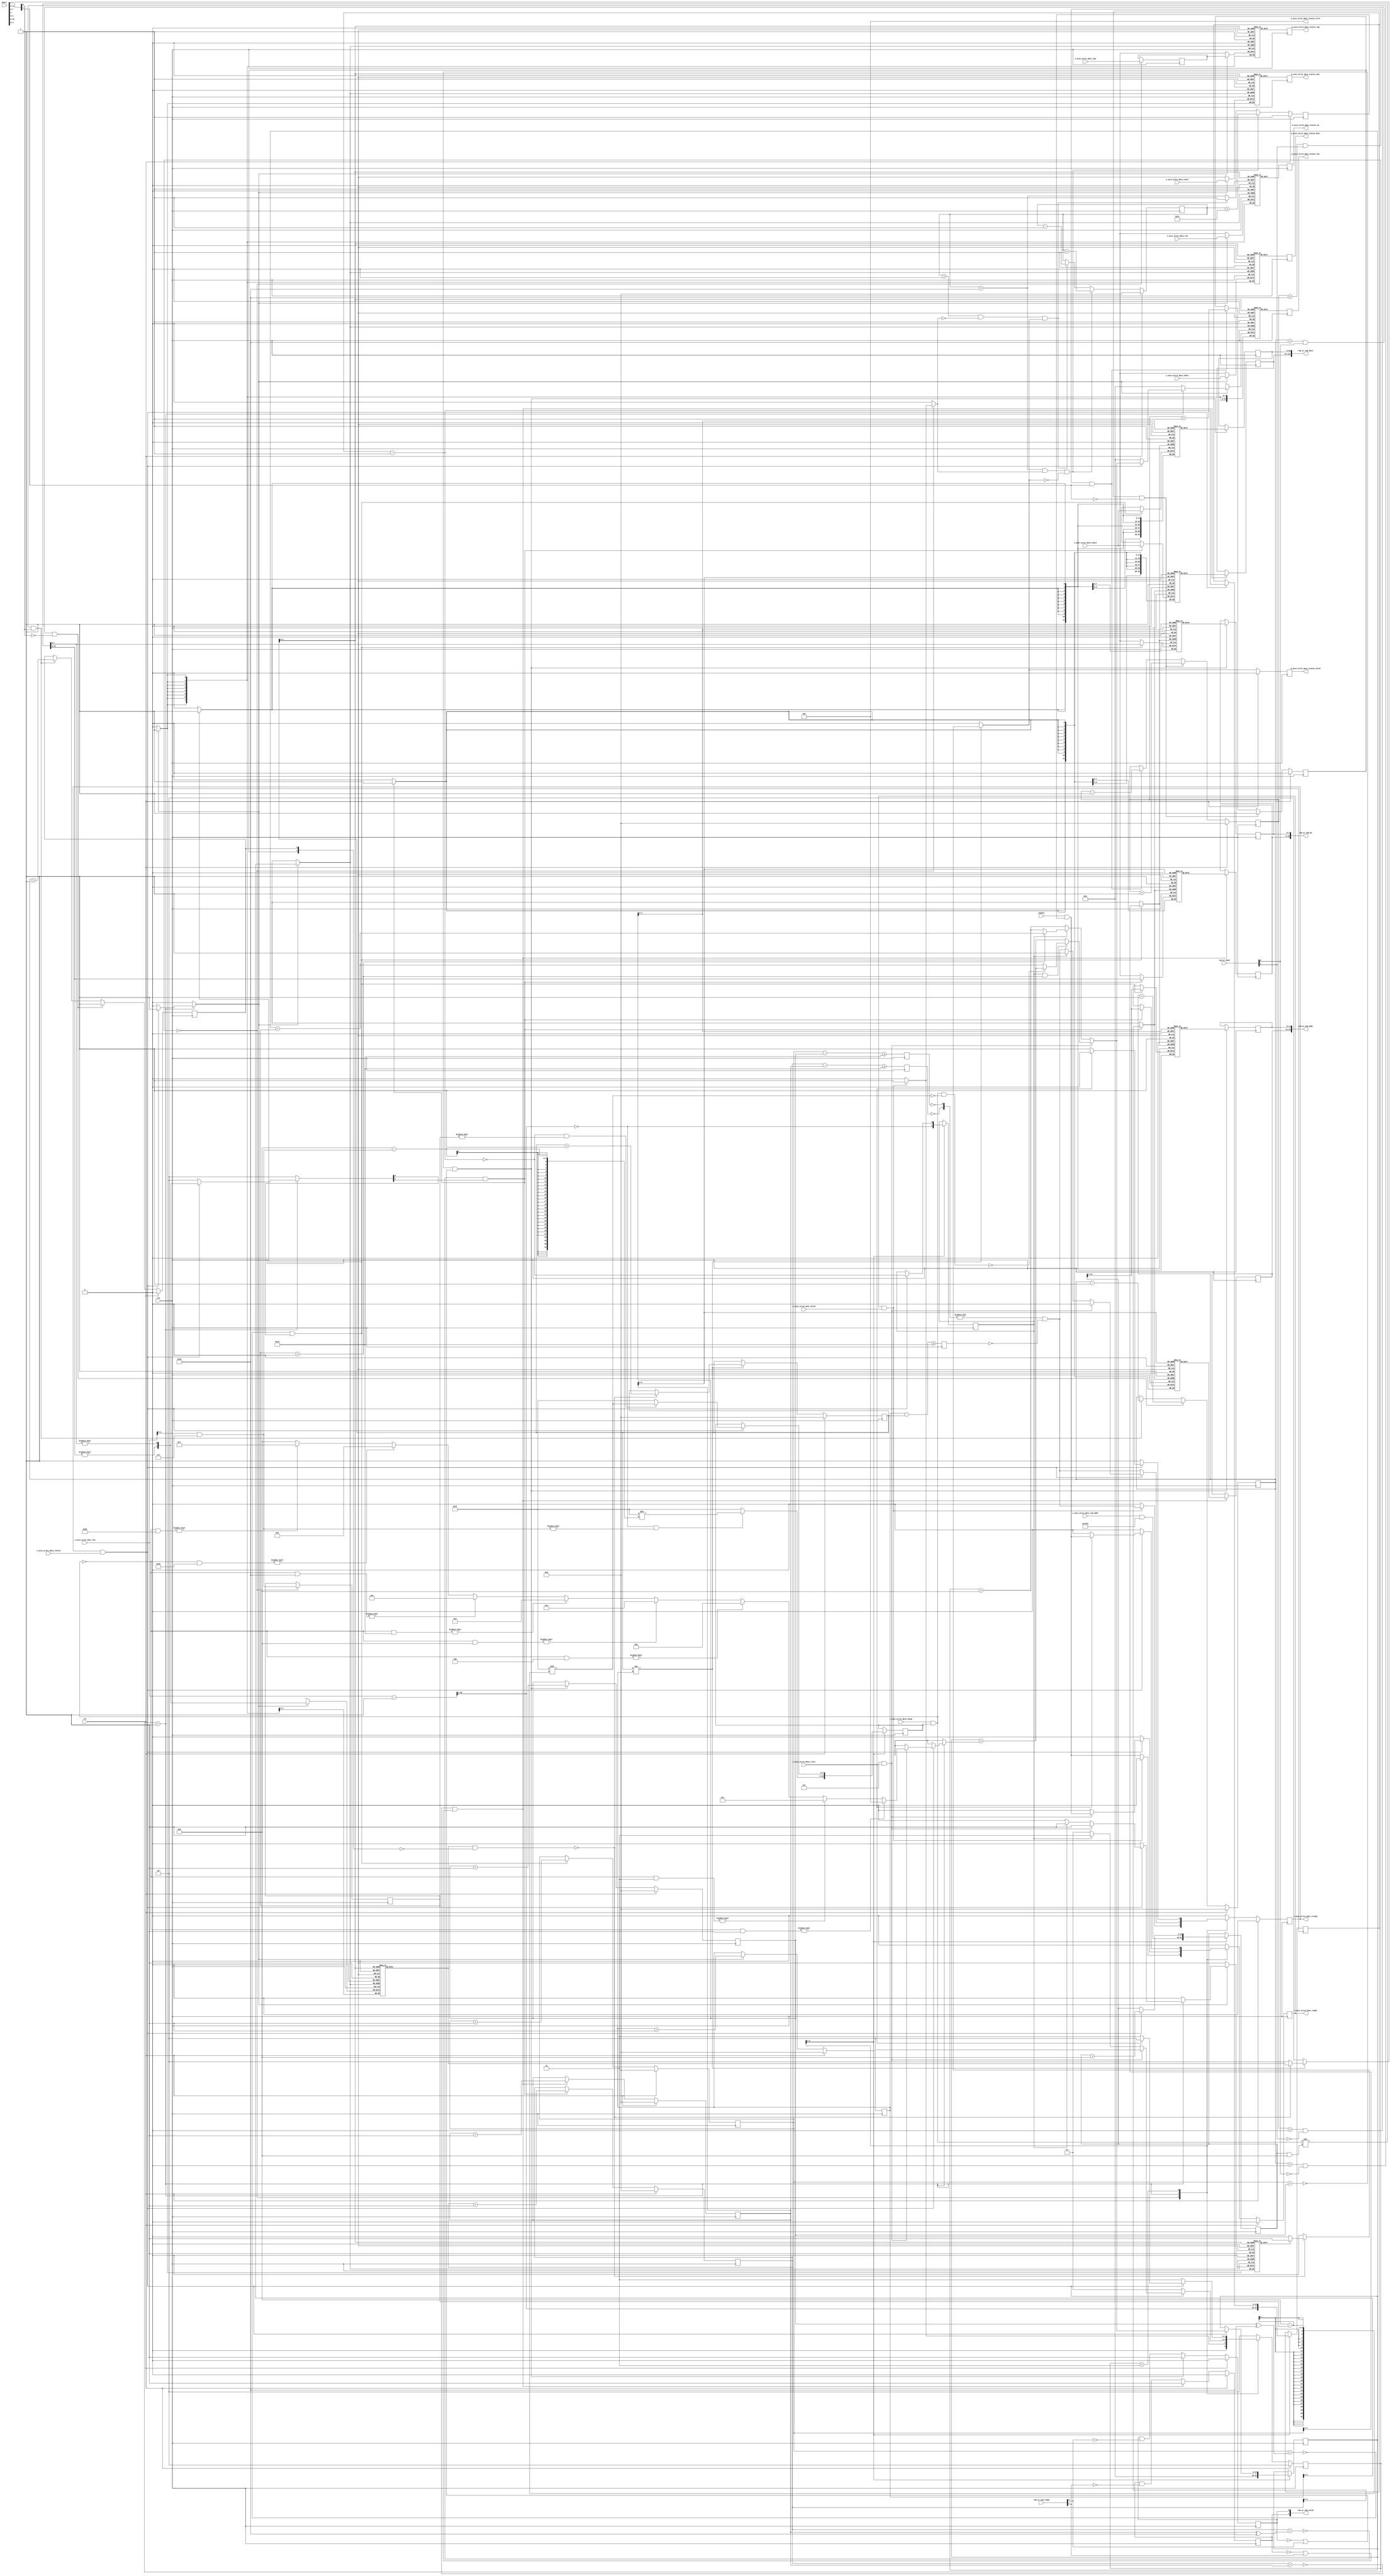
/*

Copyright (c) 2019-2021 Alex Forencich

Permission is hereby granted, free of charge, to any person obtaining a copy
of this software and associated documentation files (the "Software"), to deal
in the Software without restriction, including without limitation the rights
to use, copy, modify, merge, publish, distribute, sublicense, and/or sell
copies of the Software, and to permit persons to whom the Software is
furnished to do so, subject to the following conditions:

The above copyright notice and this permission notice shall be included in
all copies or substantial portions of the Software.

THE SOFTWARE IS PROVIDED "AS IS", WITHOUT WARRANTY OF ANY KIND, EXPRESS OR
IMPLIED, INCLUDING BUT NOT LIMITED TO THE WARRANTIES OF MERCHANTABILITY
FITNESS FOR A PARTICULAR PURPOSE AND NONINFRINGEMENT. IN NO EVENT SHALL THE
AUTHORS OR COPYRIGHT HOLDERS BE LIABLE FOR ANY CLAIM, DAMAGES OR OTHER
LIABILITY, WHETHER IN AN ACTION OF CONTRACT, TORT OR OTHERWISE, ARISING FROM,
OUT OF OR IN CONNECTION WITH THE SOFTWARE OR THE USE OR OTHER DEALINGS IN
THE SOFTWARE.

*/

// Language: Verilog 2001

`resetall
`timescale 1ns / 1ps
`default_nettype none

/*
 * AXI stream sink DMA client
 */
module dma_client_axis_sink #
(
    // RAM address width
    parameter RAM_ADDR_WIDTH = 16,
    // RAM segment count
    parameter SEG_COUNT = 2,
    // RAM segment data width
    parameter SEG_DATA_WIDTH = 64,
    // RAM segment byte enable width
    parameter SEG_BE_WIDTH = SEG_DATA_WIDTH/8,
    // RAM segment address width
    parameter SEG_ADDR_WIDTH = RAM_ADDR_WIDTH-$clog2(SEG_COUNT*SEG_BE_WIDTH),
    // Width of AXI stream interfaces in bits
    parameter AXIS_DATA_WIDTH = SEG_DATA_WIDTH*SEG_COUNT/2,
    // Use AXI stream tkeep signal
    parameter AXIS_KEEP_ENABLE = (AXIS_DATA_WIDTH>8),
    // AXI stream tkeep signal width (words per cycle)
    parameter AXIS_KEEP_WIDTH = (AXIS_DATA_WIDTH/8),
    // Use AXI stream tlast signal
    parameter AXIS_LAST_ENABLE = 1,
    // Propagate AXI stream tid signal
    parameter AXIS_ID_ENABLE = 0,
    // AXI stream tid signal width
    parameter AXIS_ID_WIDTH = 8,
    // Propagate AXI stream tdest signal
    parameter AXIS_DEST_ENABLE = 0,
    // AXI stream tdest signal width
    parameter AXIS_DEST_WIDTH = 8,
    // Propagate AXI stream tuser signal
    parameter AXIS_USER_ENABLE = 1,
    // AXI stream tuser signal width
    parameter AXIS_USER_WIDTH = 1,
    // Width of length field
    parameter LEN_WIDTH = 16,
    // Width of tag field
    parameter TAG_WIDTH = 8
)
(
    input  wire                                 clk,
    input  wire                                 rst,

    /*
     * AXI write descriptor input
     */
    input  wire [RAM_ADDR_WIDTH-1:0]            s_axis_write_desc_ram_addr,
    input  wire [LEN_WIDTH-1:0]                 s_axis_write_desc_len,
    input  wire [TAG_WIDTH-1:0]                 s_axis_write_desc_tag,
    input  wire                                 s_axis_write_desc_valid,
    output wire                                 s_axis_write_desc_ready,

    /*
     * AXI write descriptor status output
     */
    output wire [LEN_WIDTH-1:0]                 m_axis_write_desc_status_len,
    output wire [TAG_WIDTH-1:0]                 m_axis_write_desc_status_tag,
    output wire [AXIS_ID_WIDTH-1:0]             m_axis_write_desc_status_id,
    output wire [AXIS_DEST_WIDTH-1:0]           m_axis_write_desc_status_dest,
    output wire [AXIS_USER_WIDTH-1:0]           m_axis_write_desc_status_user,
    output wire [3:0]                           m_axis_write_desc_status_error,
    output wire                                 m_axis_write_desc_status_valid,

    /*
     * AXI stream write data input
     */
    input  wire [AXIS_DATA_WIDTH-1:0]           s_axis_write_data_tdata,
    input  wire [AXIS_KEEP_WIDTH-1:0]           s_axis_write_data_tkeep,
    input  wire                                 s_axis_write_data_tvalid,
    output wire                                 s_axis_write_data_tready,
    input  wire                                 s_axis_write_data_tlast,
    input  wire [AXIS_ID_WIDTH-1:0]             s_axis_write_data_tid,
    input  wire [AXIS_DEST_WIDTH-1:0]           s_axis_write_data_tdest,
    input  wire [AXIS_USER_WIDTH-1:0]           s_axis_write_data_tuser,

    /*
     * RAM interface
     */
    output wire [SEG_COUNT*SEG_BE_WIDTH-1:0]    ram_wr_cmd_be,
    output wire [SEG_COUNT*SEG_ADDR_WIDTH-1:0]  ram_wr_cmd_addr,
    output wire [SEG_COUNT*SEG_DATA_WIDTH-1:0]  ram_wr_cmd_data,
    output wire [SEG_COUNT-1:0]                 ram_wr_cmd_valid,
    input  wire [SEG_COUNT-1:0]                 ram_wr_cmd_ready,
    input  wire [SEG_COUNT-1:0]                 ram_wr_done,

    /*
     * Configuration
     */
    input  wire                                 enable,
    input  wire                                 abort
);

parameter RAM_WORD_WIDTH = SEG_BE_WIDTH;
parameter RAM_WORD_SIZE = SEG_DATA_WIDTH/RAM_WORD_WIDTH;

parameter AXIS_KEEP_WIDTH_INT = AXIS_KEEP_ENABLE ? AXIS_KEEP_WIDTH : 1;
parameter AXIS_WORD_WIDTH = AXIS_KEEP_WIDTH_INT;
parameter AXIS_WORD_SIZE = AXIS_DATA_WIDTH/AXIS_WORD_WIDTH;

parameter PART_COUNT = SEG_COUNT*SEG_BE_WIDTH / AXIS_KEEP_WIDTH_INT;
parameter PART_COUNT_WIDTH = PART_COUNT > 1 ? $clog2(PART_COUNT) : 1;
parameter PART_OFFSET_WIDTH = AXIS_KEEP_WIDTH_INT > 1 ? $clog2(AXIS_KEEP_WIDTH_INT) : 1;
parameter PARTS_PER_SEG = (SEG_BE_WIDTH + AXIS_KEEP_WIDTH_INT - 1) / AXIS_KEEP_WIDTH_INT;
parameter SEGS_PER_PART = (AXIS_KEEP_WIDTH_INT + SEG_BE_WIDTH - 1) / SEG_BE_WIDTH;

parameter OFFSET_WIDTH = AXIS_KEEP_WIDTH_INT > 1 ? $clog2(AXIS_KEEP_WIDTH_INT) : 1;
parameter OFFSET_MASK = AXIS_KEEP_WIDTH_INT > 1 ? {OFFSET_WIDTH{1'b1}} : 0;
parameter ADDR_MASK = {RAM_ADDR_WIDTH{1'b1}} << $clog2(AXIS_KEEP_WIDTH_INT);
parameter CYCLE_COUNT_WIDTH = LEN_WIDTH - $clog2(AXIS_KEEP_WIDTH_INT) + 1;

parameter STATUS_FIFO_ADDR_WIDTH = 5;
parameter OUTPUT_FIFO_ADDR_WIDTH = 5;

// bus width assertions
initial begin
    if (RAM_WORD_SIZE * SEG_BE_WIDTH != SEG_DATA_WIDTH) begin
        $error("Error: RAM data width not evenly divisble (instance %m)");
        $finish;
    end

    if (AXIS_WORD_SIZE * AXIS_KEEP_WIDTH_INT != AXIS_DATA_WIDTH) begin
        $error("Error: AXI stream data width not evenly divisble (instance %m)");
        $finish;
    end

    if (RAM_WORD_SIZE != AXIS_WORD_SIZE) begin
        $error("Error: word size mismatch (instance %m)");
        $finish;
    end

    if (2**$clog2(RAM_WORD_WIDTH) != RAM_WORD_WIDTH) begin
        $error("Error: RAM word width must be even power of two (instance %m)");
        $finish;
    end

    if (RAM_ADDR_WIDTH != SEG_ADDR_WIDTH+$clog2(SEG_COUNT)+$clog2(SEG_BE_WIDTH)) begin
        $error("Error: RAM_ADDR_WIDTH does not match RAM configuration (instance %m)");
        $finish;
    end

    if (AXIS_DATA_WIDTH > SEG_COUNT*SEG_DATA_WIDTH) begin
        $error("Error: AXI stream interface width must not be wider than RAM interface width (instance %m)");
        $finish;
    end

    if (AXIS_DATA_WIDTH*2**$clog2(PART_COUNT) != SEG_COUNT*SEG_DATA_WIDTH) begin
        $error("Error: AXI stream interface width must be a power of two fraction of RAM interface width (instance %m)");
        $finish;
    end
end

localparam [1:0]
    STATE_IDLE = 2'd0,
    STATE_WRITE = 2'd1,
    STATE_DROP_DATA = 2'd2;

reg [1:0] state_reg = STATE_IDLE, state_next;

integer i;
reg [OFFSET_WIDTH:0] cycle_size;

reg [RAM_ADDR_WIDTH-1:0] addr_reg = {RAM_ADDR_WIDTH{1'b0}}, addr_next;
reg [AXIS_KEEP_WIDTH_INT-1:0] keep_mask_reg = {AXIS_KEEP_WIDTH_INT{1'b0}}, keep_mask_next;
reg [OFFSET_WIDTH-1:0] last_cycle_offset_reg = {OFFSET_WIDTH{1'b0}}, last_cycle_offset_next;
reg [LEN_WIDTH-1:0] length_reg = {LEN_WIDTH{1'b0}}, length_next;
reg [CYCLE_COUNT_WIDTH-1:0] cycle_count_reg = {CYCLE_COUNT_WIDTH{1'b0}}, cycle_count_next;
reg last_cycle_reg = 1'b0, last_cycle_next;

reg [TAG_WIDTH-1:0] tag_reg = {TAG_WIDTH{1'b0}}, tag_next;

reg [STATUS_FIFO_ADDR_WIDTH+1-1:0] status_fifo_wr_ptr_reg = 0;
reg [STATUS_FIFO_ADDR_WIDTH+1-1:0] status_fifo_rd_ptr_reg = 0, status_fifo_rd_ptr_next;
reg [LEN_WIDTH-1:0] status_fifo_len[(2**STATUS_FIFO_ADDR_WIDTH)-1:0];
reg [TAG_WIDTH-1:0] status_fifo_tag[(2**STATUS_FIFO_ADDR_WIDTH)-1:0];
reg [AXIS_ID_WIDTH-1:0] status_fifo_id[(2**STATUS_FIFO_ADDR_WIDTH)-1:0];
reg [AXIS_DEST_WIDTH-1:0] status_fifo_dest[(2**STATUS_FIFO_ADDR_WIDTH)-1:0];
reg [AXIS_USER_WIDTH-1:0] status_fifo_user[(2**STATUS_FIFO_ADDR_WIDTH)-1:0];
reg [SEG_COUNT-1:0] status_fifo_mask[(2**STATUS_FIFO_ADDR_WIDTH)-1:0];
reg status_fifo_last[(2**STATUS_FIFO_ADDR_WIDTH)-1:0];
reg [LEN_WIDTH-1:0] status_fifo_wr_len;
reg [TAG_WIDTH-1:0] status_fifo_wr_tag;
reg [AXIS_ID_WIDTH-1:0] status_fifo_wr_id;
reg [AXIS_DEST_WIDTH-1:0] status_fifo_wr_dest;
reg [AXIS_USER_WIDTH-1:0] status_fifo_wr_user;
reg [SEG_COUNT-1:0] status_fifo_wr_mask;
reg status_fifo_wr_last;
reg status_fifo_we = 1'b0;
reg status_fifo_half_full_reg = 1'b0;

reg [STATUS_FIFO_ADDR_WIDTH+1-1:0] active_count_reg = 0;
reg active_count_av_reg = 1'b1;
reg inc_active;
reg dec_active;

reg s_axis_write_desc_ready_reg = 1'b0, s_axis_write_desc_ready_next;

reg [LEN_WIDTH-1:0] m_axis_write_desc_status_len_reg = {LEN_WIDTH{1'b0}}, m_axis_write_desc_status_len_next;
reg [TAG_WIDTH-1:0] m_axis_write_desc_status_tag_reg = {TAG_WIDTH{1'b0}}, m_axis_write_desc_status_tag_next;
reg [AXIS_ID_WIDTH-1:0] m_axis_write_desc_status_id_reg = {AXIS_ID_WIDTH{1'b0}}, m_axis_write_desc_status_id_next;
reg [AXIS_DEST_WIDTH-1:0] m_axis_write_desc_status_dest_reg = {AXIS_DEST_WIDTH{1'b0}}, m_axis_write_desc_status_dest_next;
reg [AXIS_USER_WIDTH-1:0] m_axis_write_desc_status_user_reg = {AXIS_USER_WIDTH{1'b0}}, m_axis_write_desc_status_user_next;
reg m_axis_write_desc_status_valid_reg = 1'b0, m_axis_write_desc_status_valid_next;

reg s_axis_write_data_tready_reg = 1'b0, s_axis_write_data_tready_next;

// internal datapath
reg  [SEG_COUNT*SEG_BE_WIDTH-1:0]   ram_wr_cmd_be_int;
reg  [SEG_COUNT*SEG_ADDR_WIDTH-1:0] ram_wr_cmd_addr_int;
reg  [SEG_COUNT*SEG_DATA_WIDTH-1:0] ram_wr_cmd_data_int;
reg  [SEG_COUNT-1:0]                ram_wr_cmd_valid_int;
wire [SEG_COUNT-1:0]                ram_wr_cmd_ready_int;

reg [SEG_COUNT-1:0] ram_wr_cmd_mask;

wire [SEG_COUNT-1:0] out_done;
reg [SEG_COUNT-1:0] out_done_ack;

assign s_axis_write_desc_ready = s_axis_write_desc_ready_reg;

assign m_axis_write_desc_status_len = m_axis_write_desc_status_len_reg;
assign m_axis_write_desc_status_tag = m_axis_write_desc_status_tag_reg;
assign m_axis_write_desc_status_id = m_axis_write_desc_status_id_reg;
assign m_axis_write_desc_status_dest = m_axis_write_desc_status_dest_reg;
assign m_axis_write_desc_status_user = m_axis_write_desc_status_user_reg;
assign m_axis_write_desc_status_error = 4'd0;
assign m_axis_write_desc_status_valid = m_axis_write_desc_status_valid_reg;

assign s_axis_write_data_tready = s_axis_write_data_tready_reg;

always @* begin
    state_next = STATE_IDLE;

    s_axis_write_desc_ready_next = 1'b0;

    m_axis_write_desc_status_len_next = m_axis_write_desc_status_len_reg;
    m_axis_write_desc_status_tag_next = m_axis_write_desc_status_tag_reg;
    m_axis_write_desc_status_id_next = m_axis_write_desc_status_id_reg;
    m_axis_write_desc_status_dest_next = m_axis_write_desc_status_dest_reg;
    m_axis_write_desc_status_user_next = m_axis_write_desc_status_user_reg;
    m_axis_write_desc_status_valid_next = 1'b0;

    s_axis_write_data_tready_next = 1'b0;

    if (PART_COUNT > 1) begin
        ram_wr_cmd_be_int = (s_axis_write_data_tkeep & keep_mask_reg) << (addr_reg & ({PART_COUNT_WIDTH{1'b1}} << PART_OFFSET_WIDTH));
    end else begin
        ram_wr_cmd_be_int = s_axis_write_data_tkeep & keep_mask_reg;
    end
    ram_wr_cmd_addr_int = {PART_COUNT{addr_reg[RAM_ADDR_WIDTH-1:RAM_ADDR_WIDTH-SEG_ADDR_WIDTH]}};
    ram_wr_cmd_data_int = {PART_COUNT{s_axis_write_data_tdata}};
    ram_wr_cmd_valid_int = {SEG_COUNT{1'b0}};
    for (i = 0; i < SEG_COUNT; i = i + 1) begin
        ram_wr_cmd_mask[i] = ram_wr_cmd_be_int[i*SEG_BE_WIDTH +: SEG_BE_WIDTH] != 0;
    end

    cycle_size = AXIS_KEEP_WIDTH_INT;

    addr_next = addr_reg;
    keep_mask_next = keep_mask_reg;
    last_cycle_offset_next = last_cycle_offset_reg;
    length_next = length_reg;
    cycle_count_next = cycle_count_reg;
    last_cycle_next = last_cycle_reg;

    tag_next = tag_reg;

    status_fifo_rd_ptr_next = status_fifo_rd_ptr_reg;

    status_fifo_wr_len = 0;
    status_fifo_wr_tag = tag_reg;
    status_fifo_wr_id = s_axis_write_data_tid;
    status_fifo_wr_dest = s_axis_write_data_tdest;
    status_fifo_wr_user = s_axis_write_data_tuser;
    status_fifo_wr_mask = ram_wr_cmd_mask;
    status_fifo_wr_last = 1'b0;
    status_fifo_we = 1'b0;

    inc_active = 1'b0;
    dec_active = 1'b0;

    out_done_ack = {SEG_COUNT{1'b0}};

    case (state_reg)
        STATE_IDLE: begin
            // idle state - load new descriptor to start operation
            s_axis_write_desc_ready_next = enable && active_count_av_reg;

            addr_next = s_axis_write_desc_ram_addr & ADDR_MASK;
            last_cycle_offset_next = s_axis_write_desc_len & OFFSET_MASK;

            tag_next = s_axis_write_desc_tag;

            length_next = 0;

            cycle_count_next = (s_axis_write_desc_len - 1) >> $clog2(AXIS_KEEP_WIDTH_INT);
            last_cycle_next = cycle_count_next == 0;
            if (cycle_count_next == 0 && last_cycle_offset_next != 0) begin
                keep_mask_next = {AXIS_KEEP_WIDTH_INT{1'b1}} >> (AXIS_KEEP_WIDTH_INT - last_cycle_offset_next);
            end else begin
                keep_mask_next = {AXIS_KEEP_WIDTH_INT{1'b1}};
            end

            if (s_axis_write_desc_ready && s_axis_write_desc_valid) begin
                s_axis_write_desc_ready_next = 1'b0;
                s_axis_write_data_tready_next = &ram_wr_cmd_ready_int && !status_fifo_half_full_reg;

                inc_active = 1'b1;

                state_next = STATE_WRITE;
            end else begin
                state_next = STATE_IDLE;
            end
        end
        STATE_WRITE: begin
            // write state - generate write operations
            s_axis_write_data_tready_next = &ram_wr_cmd_ready_int && !status_fifo_half_full_reg;

            if (s_axis_write_data_tready && s_axis_write_data_tvalid) begin

                // update counters
                addr_next = addr_reg + AXIS_KEEP_WIDTH_INT;
                length_next = length_reg + AXIS_KEEP_WIDTH_INT;
                cycle_count_next = cycle_count_reg - 1;
                last_cycle_next = cycle_count_next == 0;
                if (cycle_count_next == 0 && last_cycle_offset_reg != 0) begin
                    keep_mask_next = {AXIS_KEEP_WIDTH_INT{1'b1}} >> (AXIS_KEEP_WIDTH_INT - last_cycle_offset_reg);
                end else begin
                    keep_mask_next = {AXIS_KEEP_WIDTH_INT{1'b1}};
                end

                if (PART_COUNT > 1) begin
                    ram_wr_cmd_be_int = (s_axis_write_data_tkeep & keep_mask_reg) << (addr_reg & ({PART_COUNT_WIDTH{1'b1}} << PART_OFFSET_WIDTH));
                end else begin
                    ram_wr_cmd_be_int = s_axis_write_data_tkeep & keep_mask_reg;
                end
                ram_wr_cmd_addr_int = {SEG_COUNT{addr_reg[RAM_ADDR_WIDTH-1:RAM_ADDR_WIDTH-SEG_ADDR_WIDTH]}};
                ram_wr_cmd_data_int = {PART_COUNT{s_axis_write_data_tdata}};
                ram_wr_cmd_valid_int = ram_wr_cmd_mask;

                // enqueue status FIFO entry for write completion
                status_fifo_wr_len = length_next;
                status_fifo_wr_tag = tag_reg;
                status_fifo_wr_id = s_axis_write_data_tid;
                status_fifo_wr_dest = s_axis_write_data_tdest;
                status_fifo_wr_user = s_axis_write_data_tuser;
                status_fifo_wr_mask = ram_wr_cmd_mask;
                status_fifo_wr_last = 1'b0;
                status_fifo_we = 1'b1;

                if (AXIS_LAST_ENABLE && s_axis_write_data_tlast) begin
                    if (AXIS_KEEP_ENABLE) begin
                        cycle_size = AXIS_KEEP_WIDTH_INT;
                        for (i = AXIS_KEEP_WIDTH_INT-1; i >= 0; i = i - 1) begin
                            if (~(s_axis_write_data_tkeep & keep_mask_reg) & (1 << i)) begin
                                cycle_size = i;
                            end
                        end
                    end else begin
                        cycle_size = AXIS_KEEP_WIDTH_INT;
                    end

                    // no more data to transfer, finish operation
                    if (last_cycle_reg && last_cycle_offset_reg > 0) begin
                        if (AXIS_KEEP_ENABLE && !(s_axis_write_data_tkeep & keep_mask_reg & ~({AXIS_KEEP_WIDTH_INT{1'b1}} >> (AXIS_KEEP_WIDTH_INT - last_cycle_offset_reg)))) begin
                            length_next = length_reg + cycle_size;
                        end else begin
                            length_next = length_reg + last_cycle_offset_reg;
                        end
                    end else begin
                        if (AXIS_KEEP_ENABLE) begin
                            length_next = length_reg + cycle_size;
                        end
                    end

                    // enqueue status FIFO entry for write completion
                    status_fifo_wr_len = length_next;
                    status_fifo_wr_tag = tag_reg;
                    status_fifo_wr_id = s_axis_write_data_tid;
                    status_fifo_wr_dest = s_axis_write_data_tdest;
                    status_fifo_wr_user = s_axis_write_data_tuser;
                    status_fifo_wr_mask = ram_wr_cmd_mask;
                    status_fifo_wr_last = 1'b1;
                    status_fifo_we = 1'b1;

                    s_axis_write_data_tready_next = 1'b0;
                    s_axis_write_desc_ready_next = enable && active_count_av_reg;
                    state_next = STATE_IDLE;
                end else if (last_cycle_reg) begin
                    if (last_cycle_offset_reg > 0) begin
                        length_next = length_reg + last_cycle_offset_reg;
                    end

                    // enqueue status FIFO entry for write completion
                    status_fifo_wr_len = length_next;
                    status_fifo_wr_tag = tag_reg;
                    status_fifo_wr_id = s_axis_write_data_tid;
                    status_fifo_wr_dest = s_axis_write_data_tdest;
                    status_fifo_wr_user = s_axis_write_data_tuser;
                    status_fifo_wr_mask = ram_wr_cmd_mask;
                    status_fifo_wr_last = 1'b1;
                    status_fifo_we = 1'b1;

                    if (AXIS_LAST_ENABLE) begin
                        s_axis_write_data_tready_next = 1'b1;
                        state_next = STATE_DROP_DATA;
                    end else begin
                        s_axis_write_data_tready_next = 1'b0;
                        s_axis_write_desc_ready_next = enable && active_count_av_reg;
                        state_next = STATE_IDLE;
                    end
                end else begin
                    state_next = STATE_WRITE;
                end
            end else begin
                state_next = STATE_WRITE;
            end
        end
        STATE_DROP_DATA: begin
            // drop excess AXI stream data
            s_axis_write_data_tready_next = 1'b1;

            if (s_axis_write_data_tready && s_axis_write_data_tvalid) begin
                if (s_axis_write_data_tlast) begin
                    s_axis_write_data_tready_next = 1'b0;
                    s_axis_write_desc_ready_next = enable && active_count_av_reg;
                    state_next = STATE_IDLE;
                end else begin
                    state_next = STATE_DROP_DATA;
                end
            end else begin
                state_next = STATE_DROP_DATA;
            end
        end
    endcase

    m_axis_write_desc_status_len_next = status_fifo_len[status_fifo_rd_ptr_reg[STATUS_FIFO_ADDR_WIDTH-1:0]];
    m_axis_write_desc_status_tag_next = status_fifo_tag[status_fifo_rd_ptr_reg[STATUS_FIFO_ADDR_WIDTH-1:0]];
    m_axis_write_desc_status_id_next = status_fifo_id[status_fifo_rd_ptr_reg[STATUS_FIFO_ADDR_WIDTH-1:0]];
    m_axis_write_desc_status_dest_next = status_fifo_dest[status_fifo_rd_ptr_reg[STATUS_FIFO_ADDR_WIDTH-1:0]];
    m_axis_write_desc_status_user_next = status_fifo_user[status_fifo_rd_ptr_reg[STATUS_FIFO_ADDR_WIDTH-1:0]];
    m_axis_write_desc_status_valid_next = 1'b0;

    if (status_fifo_rd_ptr_reg != status_fifo_wr_ptr_reg) begin
        // status FIFO not empty
        if ((status_fifo_mask[status_fifo_rd_ptr_reg[STATUS_FIFO_ADDR_WIDTH-1:0]] & ~out_done) == 0) begin
            // got write completion, pop and return status
            status_fifo_rd_ptr_next = status_fifo_rd_ptr_reg + 1;

            out_done_ack = status_fifo_mask[status_fifo_rd_ptr_reg[STATUS_FIFO_ADDR_WIDTH-1:0]];

            if (status_fifo_last[status_fifo_rd_ptr_reg[STATUS_FIFO_ADDR_WIDTH-1:0]]) begin
                m_axis_write_desc_status_valid_next = 1'b1;
                
                dec_active = 1'b1;
            end
        end
    end
end

always @(posedge clk) begin
    state_reg <= state_next;

    s_axis_write_desc_ready_reg <= s_axis_write_desc_ready_next;

    m_axis_write_desc_status_len_reg <= m_axis_write_desc_status_len_next;
    m_axis_write_desc_status_tag_reg <= m_axis_write_desc_status_tag_next;
    m_axis_write_desc_status_id_reg <= m_axis_write_desc_status_id_next;
    m_axis_write_desc_status_dest_reg <= m_axis_write_desc_status_dest_next;
    m_axis_write_desc_status_user_reg <= m_axis_write_desc_status_user_next;
    m_axis_write_desc_status_valid_reg <= m_axis_write_desc_status_valid_next;

    s_axis_write_data_tready_reg <= s_axis_write_data_tready_next;

    addr_reg <= addr_next;
    keep_mask_reg <= keep_mask_next;
    last_cycle_offset_reg <= last_cycle_offset_next;
    length_reg <= length_next;
    cycle_count_reg <= cycle_count_next;
    last_cycle_reg <= last_cycle_next;

    tag_reg <= tag_next;

    if (status_fifo_we) begin
        status_fifo_len[status_fifo_wr_ptr_reg[STATUS_FIFO_ADDR_WIDTH-1:0]] <= status_fifo_wr_len;
        status_fifo_tag[status_fifo_wr_ptr_reg[STATUS_FIFO_ADDR_WIDTH-1:0]] <= status_fifo_wr_tag;
        status_fifo_id[status_fifo_wr_ptr_reg[STATUS_FIFO_ADDR_WIDTH-1:0]] <= status_fifo_wr_id;
        status_fifo_dest[status_fifo_wr_ptr_reg[STATUS_FIFO_ADDR_WIDTH-1:0]] <= status_fifo_wr_dest;
        status_fifo_user[status_fifo_wr_ptr_reg[STATUS_FIFO_ADDR_WIDTH-1:0]] <= status_fifo_wr_user;
        status_fifo_mask[status_fifo_wr_ptr_reg[STATUS_FIFO_ADDR_WIDTH-1:0]] <= status_fifo_wr_mask;
        status_fifo_last[status_fifo_wr_ptr_reg[STATUS_FIFO_ADDR_WIDTH-1:0]] <= status_fifo_wr_last;
        status_fifo_wr_ptr_reg <= status_fifo_wr_ptr_reg + 1;
    end
    status_fifo_rd_ptr_reg <= status_fifo_rd_ptr_next;

    status_fifo_half_full_reg <= $unsigned(status_fifo_wr_ptr_reg - status_fifo_rd_ptr_reg) >= 2**(STATUS_FIFO_ADDR_WIDTH-1);

    if (active_count_reg < 2**STATUS_FIFO_ADDR_WIDTH && inc_active && !dec_active) begin
        active_count_reg <= active_count_reg + 1;
        active_count_av_reg <= active_count_reg < (2**STATUS_FIFO_ADDR_WIDTH-1);
    end else if (active_count_reg > 0 && !inc_active && dec_active) begin
        active_count_reg <= active_count_reg - 1;
        active_count_av_reg <= 1'b1;
    end else begin
        active_count_av_reg <= active_count_reg < 2**STATUS_FIFO_ADDR_WIDTH;
    end

    if (rst) begin
        state_reg <= STATE_IDLE;

        s_axis_write_desc_ready_reg <= 1'b0;
        m_axis_write_desc_status_valid_reg <= 1'b0;

        s_axis_write_data_tready_reg <= 1'b0;

        status_fifo_wr_ptr_reg <= 0;
        status_fifo_rd_ptr_reg <= 0;

        active_count_reg <= 0;
        active_count_av_reg <= 1'b1;
    end
end

// output datapath logic (write data)
generate

genvar n;

for (n = 0; n < SEG_COUNT; n = n + 1) begin

    reg [SEG_BE_WIDTH-1:0]   ram_wr_cmd_be_reg = {SEG_BE_WIDTH{1'b0}};
    reg [SEG_ADDR_WIDTH-1:0] ram_wr_cmd_addr_reg = {SEG_ADDR_WIDTH{1'b0}};
    reg [SEG_DATA_WIDTH-1:0] ram_wr_cmd_data_reg = {SEG_DATA_WIDTH{1'b0}};
    reg                      ram_wr_cmd_valid_reg = 1'b0;

    reg [OUTPUT_FIFO_ADDR_WIDTH+1-1:0] out_fifo_wr_ptr_reg = 0;
    reg [OUTPUT_FIFO_ADDR_WIDTH+1-1:0] out_fifo_rd_ptr_reg = 0;
    reg out_fifo_half_full_reg = 1'b0;

    wire out_fifo_full = out_fifo_wr_ptr_reg == (out_fifo_rd_ptr_reg ^ {1'b1, {OUTPUT_FIFO_ADDR_WIDTH{1'b0}}});
    wire out_fifo_empty = out_fifo_wr_ptr_reg == out_fifo_rd_ptr_reg;

    (* ram_style = "distributed", ramstyle = "no_rw_check, mlab" *)
    reg [SEG_BE_WIDTH-1:0]   out_fifo_wr_cmd_be[2**OUTPUT_FIFO_ADDR_WIDTH-1:0];
    (* ram_style = "distributed", ramstyle = "no_rw_check, mlab" *)
    reg [SEG_ADDR_WIDTH-1:0] out_fifo_wr_cmd_addr[2**OUTPUT_FIFO_ADDR_WIDTH-1:0];
    (* ram_style = "distributed", ramstyle = "no_rw_check, mlab" *)
    reg [SEG_DATA_WIDTH-1:0] out_fifo_wr_cmd_data[2**OUTPUT_FIFO_ADDR_WIDTH-1:0];

    reg [OUTPUT_FIFO_ADDR_WIDTH+1-1:0] done_count_reg = 0;
    reg done_reg = 1'b0;

    assign ram_wr_cmd_ready_int[n +: 1] = !out_fifo_half_full_reg;

    assign ram_wr_cmd_be[n*SEG_BE_WIDTH +: SEG_BE_WIDTH] = ram_wr_cmd_be_reg;
    assign ram_wr_cmd_addr[n*SEG_ADDR_WIDTH +: SEG_ADDR_WIDTH] = ram_wr_cmd_addr_reg;
    assign ram_wr_cmd_data[n*SEG_DATA_WIDTH +: SEG_DATA_WIDTH] = ram_wr_cmd_data_reg;
    assign ram_wr_cmd_valid[n +: 1] = ram_wr_cmd_valid_reg;

    assign out_done[n] = done_reg;

    always @(posedge clk) begin
        ram_wr_cmd_valid_reg <= ram_wr_cmd_valid_reg && !ram_wr_cmd_ready[n +: 1];

        out_fifo_half_full_reg <= $unsigned(out_fifo_wr_ptr_reg - out_fifo_rd_ptr_reg) >= 2**(OUTPUT_FIFO_ADDR_WIDTH-1);

        if (!out_fifo_full && ram_wr_cmd_valid_int[n +: 1]) begin
            out_fifo_wr_cmd_be[out_fifo_wr_ptr_reg[OUTPUT_FIFO_ADDR_WIDTH-1:0]] <= ram_wr_cmd_be_int[n*SEG_BE_WIDTH +: SEG_BE_WIDTH];
            out_fifo_wr_cmd_addr[out_fifo_wr_ptr_reg[OUTPUT_FIFO_ADDR_WIDTH-1:0]] <= ram_wr_cmd_addr_int[n*SEG_ADDR_WIDTH +: SEG_ADDR_WIDTH];
            out_fifo_wr_cmd_data[out_fifo_wr_ptr_reg[OUTPUT_FIFO_ADDR_WIDTH-1:0]] <= ram_wr_cmd_data_int[n*SEG_DATA_WIDTH +: SEG_DATA_WIDTH];
            out_fifo_wr_ptr_reg <= out_fifo_wr_ptr_reg + 1;
        end

        if (!out_fifo_empty && (!ram_wr_cmd_valid_reg || ram_wr_cmd_ready[n +: 1])) begin
            ram_wr_cmd_be_reg <= out_fifo_wr_cmd_be[out_fifo_rd_ptr_reg[OUTPUT_FIFO_ADDR_WIDTH-1:0]];
            ram_wr_cmd_addr_reg <= out_fifo_wr_cmd_addr[out_fifo_rd_ptr_reg[OUTPUT_FIFO_ADDR_WIDTH-1:0]];
            ram_wr_cmd_data_reg <= out_fifo_wr_cmd_data[out_fifo_rd_ptr_reg[OUTPUT_FIFO_ADDR_WIDTH-1:0]];
            ram_wr_cmd_valid_reg <= 1'b1;
            out_fifo_rd_ptr_reg <= out_fifo_rd_ptr_reg + 1;
        end

        if (done_count_reg < 2**OUTPUT_FIFO_ADDR_WIDTH && ram_wr_done[n] && !out_done_ack[n]) begin
            done_count_reg <= done_count_reg + 1;
            done_reg <= 1;
        end else if (done_count_reg > 0 && !ram_wr_done[n] && out_done_ack[n]) begin
            done_count_reg <= done_count_reg - 1;
            done_reg <= done_count_reg > 1;
        end

        if (rst) begin
            out_fifo_wr_ptr_reg <= 0;
            out_fifo_rd_ptr_reg <= 0;
            ram_wr_cmd_valid_reg <= 1'b0;
            done_count_reg <= 0;
            done_reg <= 1'b0;
        end
    end

end

endgenerate

endmodule

`resetall